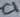
Text: C1